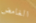
الغامض